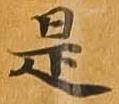
是